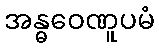
အန္ဓဝေဏူပမံ